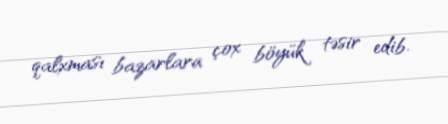
qalxması bazarlara çox böyük təsir edib.